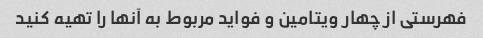
فهرستی از چهار ویتامین و فواید مربوط به آنها را تهیه کنید